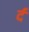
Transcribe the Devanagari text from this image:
र्द